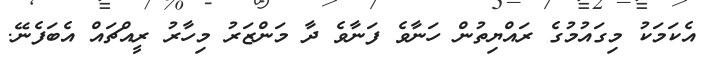
އެކަމަކު މިގައުމުގެ ރައްޔިތުން ހަނާވެ ފަނާވެ ދާ މަންޒަރު މިހާރު ރީއްޗައް އެބަފެނޭ.